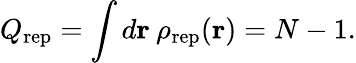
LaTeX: Q_{\mathrm{rep}}=\int d{\mathbf r}\: \rho_{\mathrm{rep}}({\mathbf r})=N-1.